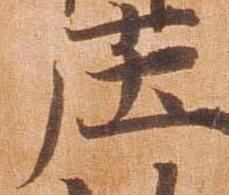
庄